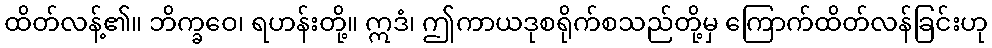
ထိတ်လန့်၏။ ဘိက္ခဝေ၊ ရဟန်းတို့။ ဣဒံ၊ ဤကာယဒုစရိုက်စသည်တို့မှ ကြောက်ထိတ်လန်ခြင်းဟု